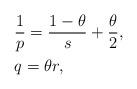
LaTeX: \begin{align*}&\frac{1}p=\frac{1-\theta}s+\frac{\theta}2,\\&q=\theta r,\end{align*}